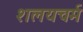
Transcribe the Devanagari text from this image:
शलयचर्म